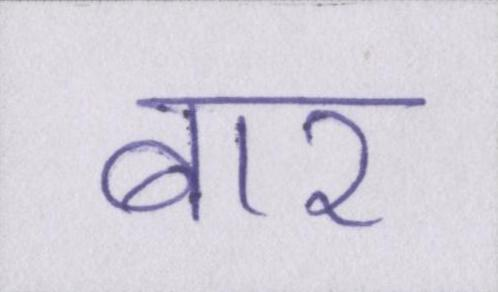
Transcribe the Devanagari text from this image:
बार